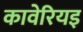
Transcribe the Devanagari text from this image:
कावेरियइ